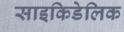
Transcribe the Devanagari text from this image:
साइकिडेलिक